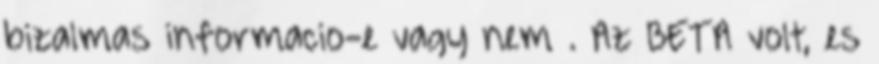
bizalmas informacio-e vagy nem . Az BETA volt, es